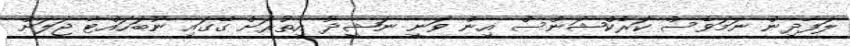
ލަފާދިން ނަމަވެސް ކަރެކްޝަންސް އިން ވަނީ ނަޝީދު އިތުރަށް ގޭގައި ނުބަހައްޓާ ޖަލަށް